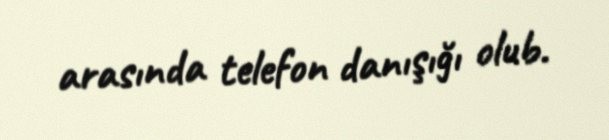
arasında telefon danışığı olub.